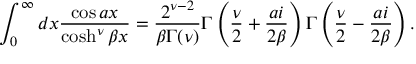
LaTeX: \int _ { 0 } ^ { \infty } d x \frac { \cos a x } { \cosh ^ { \nu } \beta x } = \frac { 2 ^ { \nu - 2 } } { \beta \Gamma ( \nu ) } \Gamma \left( \frac { \nu } { 2 } + \frac { a i } { 2 \beta } \right) \Gamma \left( \frac { \nu } { 2 } - \frac { a i } { 2 \beta } \right) .